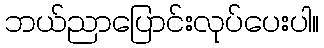
ဘယ်ညာပြောင်းလုပ်ပေးပါ။